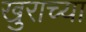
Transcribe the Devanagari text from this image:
खुराच्या